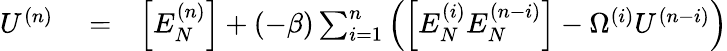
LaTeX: \begin{array}{rlr}{U^{(n)}}&{{}=}&{\left[{E_{N}^{(n)}}\right]+(-\beta)\sum_{i=1}^{n}\left(\left[E_{N}^{(i)}E_{N}^{(n-i)}\right]-\Omega^{(i)}U^{(n-i)}\right)}\end{array}